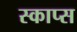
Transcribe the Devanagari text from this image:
स्काप्स